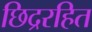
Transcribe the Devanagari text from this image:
छिद्ररहित